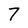
Character: 7